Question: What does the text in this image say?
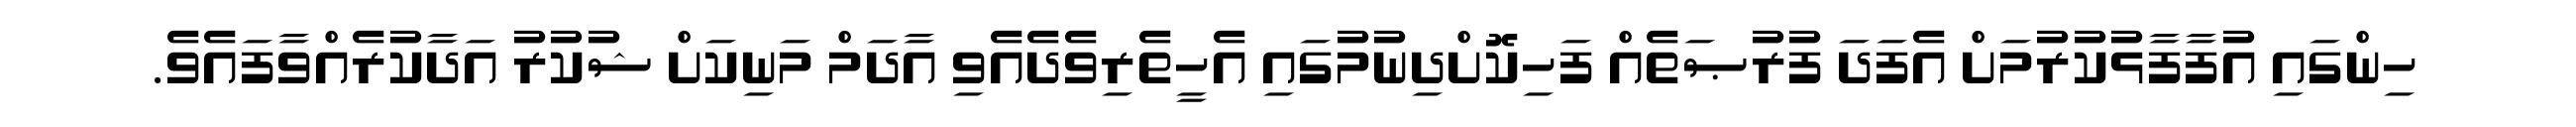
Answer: ހިންގައި އުފާފާޅުކުރުމަށް އެފަދަ ފުރުޞަތެއް ފަހިކޮށްދިނުމުގައި އެހީތެރިވެދެއެވި އާދަމް މަނިކަށް ޝުކުރު އަދާކުރެއްވާފައެވެ.